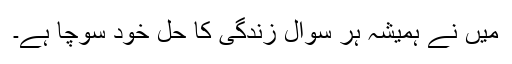
میں نے ہمیشہ ہر سوالِ زندگی کا حل خود سوچا ہے۔